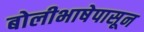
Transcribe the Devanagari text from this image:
बोलीभाषेपासून